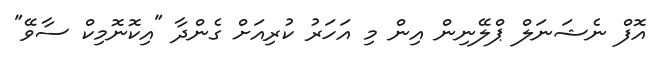
އޮފް ނެޝަނަލް ޕްލޭނިން އިން މި އަހަރު ކުރިއަށް ގެންދާ "އިކޮނޮމިކް ސާވޭ"